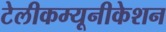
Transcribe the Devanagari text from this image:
टेलीकम्यूनीकेशन